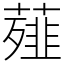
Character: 薤